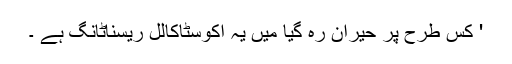
' کس طرح پر حیران رہ گیا میں یہ اکوسٹاکالل ریسناٹانگ ہے ۔